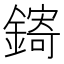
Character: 𬬄